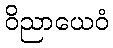
ဝိညာယေဝံ